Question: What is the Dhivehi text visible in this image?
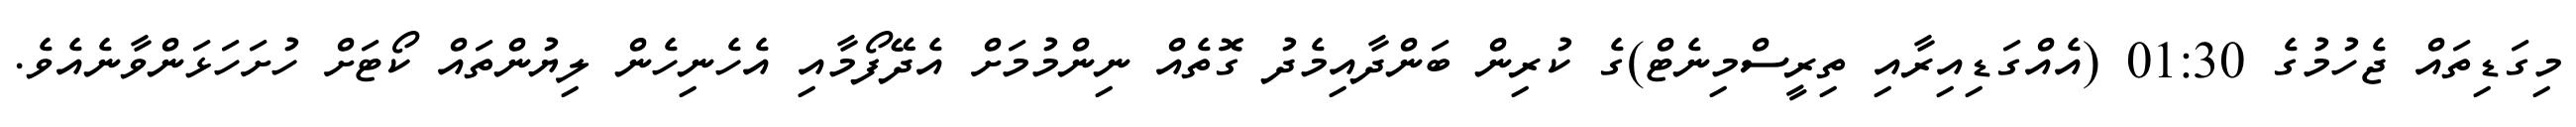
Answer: މިގަޑިތައް ޖެހުމުގެ 01:30 (އެއްގަޑިއިރާއި ތިރީސްމިނެޓް)ގެ ކުރިން ބަންދާއިމެދު ގޮތެއް ނިންމުމަށް އެދޭފޯމާއި އެހެނިހެން ލިޔުންތައް ކޯޓަށް ހުށަހަޅަންވާނެއެވެ.